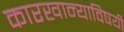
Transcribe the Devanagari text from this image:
कारखान्याविषयी